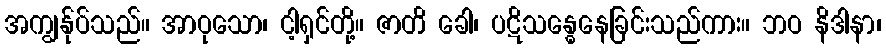
အကျွန်ုပ်သည်။ အာဝုသော၊ ငါ့ရှင်တို့။ ဇာတိ ခေါ၊ ပဋိသန္ဓေနေခြင်းသည်ကား။ ဘဝ နိဒါနာ၊